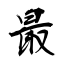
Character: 最